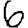
Digit: 6